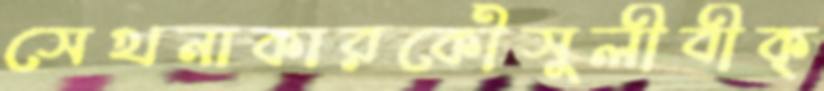
সেখনাকারকৌঁসুলীবীক্